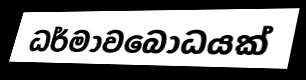
ධර්මාවබෝධයක්